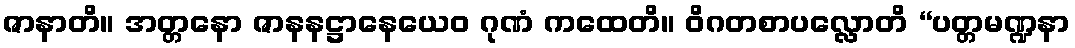
ဇာနာတိ။ အတ္တနော ဇာနနဋ္ဌာနေယေဝ ဂုဏံ ကထေတိ။ ဝိဂတစာပလ္လောတိ “ပတ္တမဏ္ဍနာ